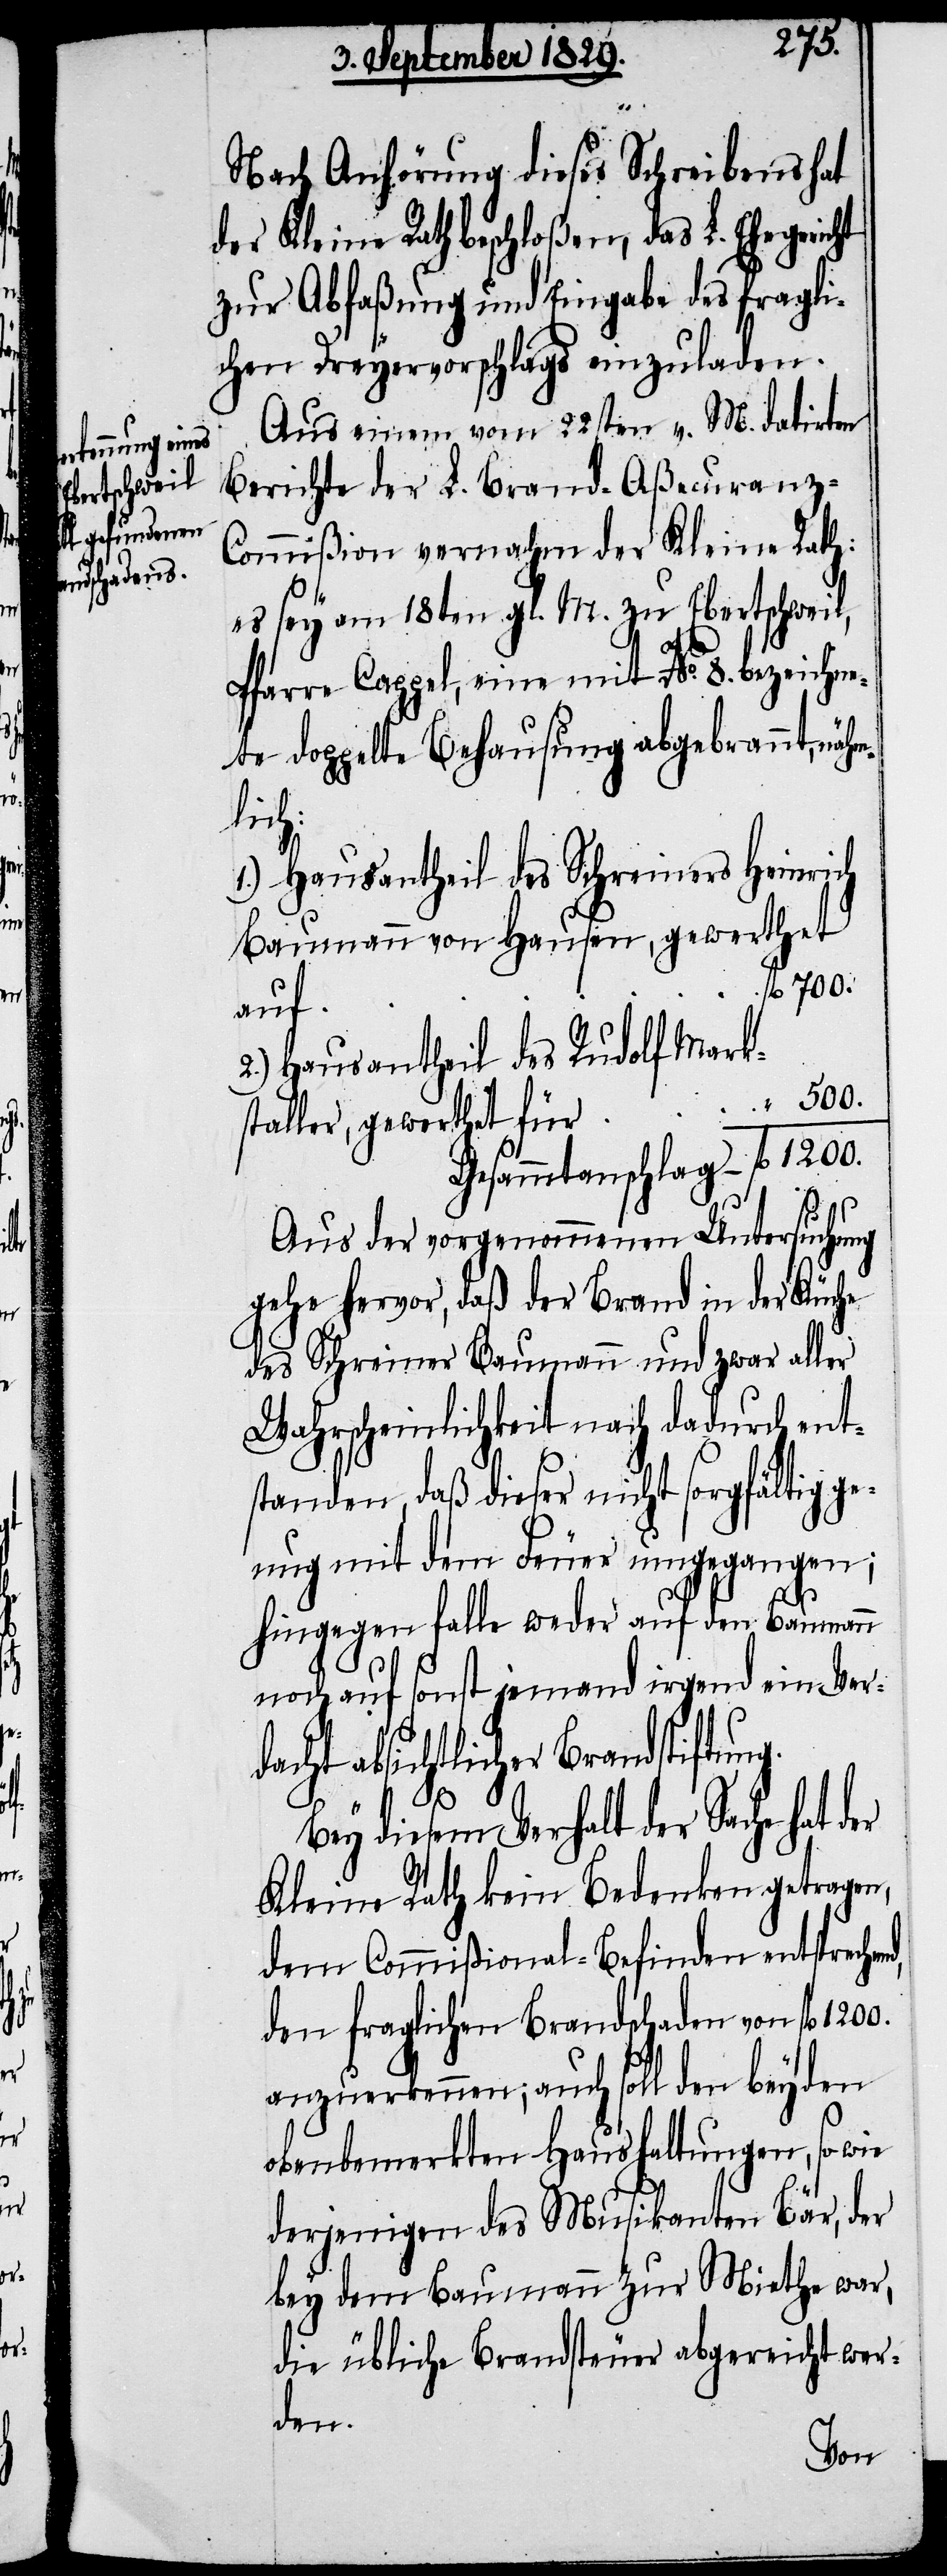
500.
Nach Anhörung dieses Schreibens hat
der Kleine Rath beschloßen, das L. Ehegeric¬
zur Abfaßung und Eingabe des fragli¬
chen Dreyervorschlags einzuladen.
Aus einem vom 22sten v. M. datirten
Berichte der L. Brand-Aßcuranz-C¬
ommißion vernahm der Kleine Rath:
es sey am 18ten gl. M. zu Ebertschweil,
Pfarre Cappel, eine mit No. 8. bezeichne¬
te doppelte Behausung abgebrannt, näh¬
lich:
1.) Hausantheil des Schreiners Heinrich
auf
2.) Hausantheil des Rudolf Marks¬
Gesammtanschlag – fl. 1200.
d,
Aus der vorgenommenen Untersuchung
gehe hervor, daß der Brand in der Küche
des Schreiner Baumann und zwar aller
Wahrscheinlichkeit nach dadurch ent¬
standen, daß dieser nicht sorgfältig ge¬
nug mit dem Feuer umgegangen;
hingegen falle weder auf den Baumann
noch auf sonst jemanden irgend ein Verd¬
acht absichtlicher Brandstiftun¬
Bey diesem Verhalt der Sache hat der
Kleine Rath kein Bedenken getragen,
dem Commißional-Befinden entsprechen¬
den fraglichen Brandschaden von fl.
anzuerkennen; auch soll den beyden
obenbemerkten Haushaltungen, so wie
derjenigen des Musikanten Bär, der
bey dem Baumann zur Miethe war,
die übliche Brandsteuer abgereicht wer¬
den.
von